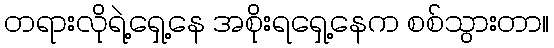
တရားလိုရဲ့ရှေ့နေ အစိုးရရှေ့နေက စစ်သွားတာ။